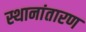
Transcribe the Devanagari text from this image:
स्थानांतारण